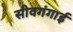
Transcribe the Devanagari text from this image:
सीवगंगाई